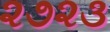
૨૭૨૩